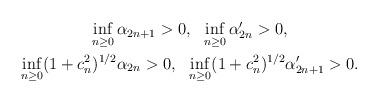
LaTeX: \begin{align*}\begin{gathered}\inf_{n\geq 0}\alpha_{2n+1}>0, \ \ \inf_{n\geq 0}\alpha'_{2n}>0, \\ \inf_{n\geq 0}(1+c_n^2)^{1/2}\alpha_{2n}>0, \ \ \inf_{n\geq 0}(1+c_n^2)^{1/2}\alpha'_{2n+1}>0.\end{gathered}\end{align*}